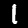
Digit: 1